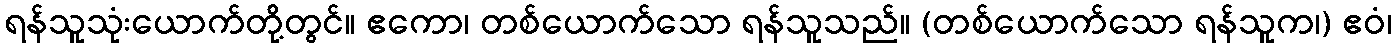
ရန်သူသုံးယောက်တို့တွင်။ ဧကော၊ တစ်ယောက်သော ရန်သူသည်။ (တစ်ယောက်သော ရန်သူက၊) ဧဝံ၊